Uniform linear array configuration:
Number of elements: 48
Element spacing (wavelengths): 0.75
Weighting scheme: hamming
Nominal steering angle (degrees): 45
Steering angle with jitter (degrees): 45.875
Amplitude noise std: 0.05
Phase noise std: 0.05

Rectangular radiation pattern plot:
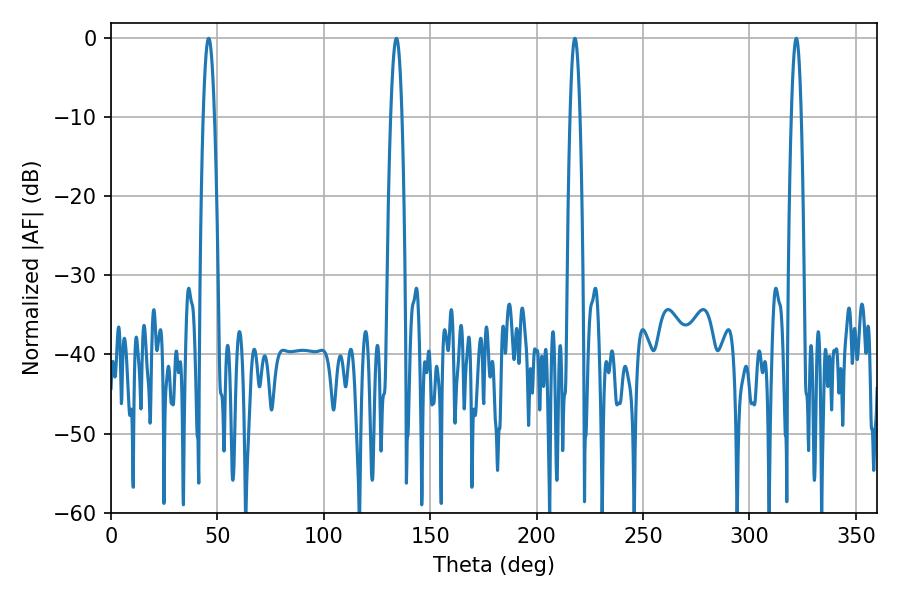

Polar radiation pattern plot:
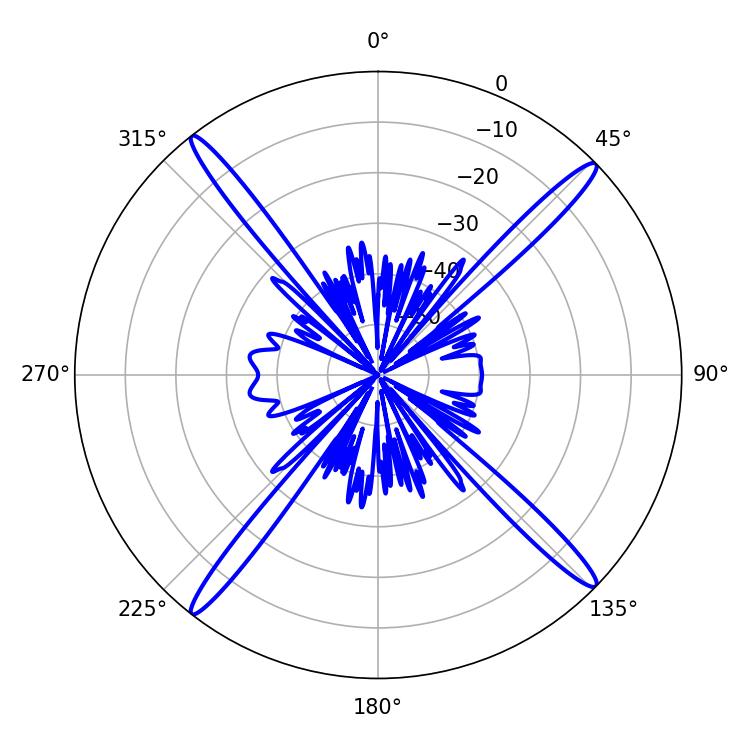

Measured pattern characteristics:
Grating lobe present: TRUE
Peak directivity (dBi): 20.161
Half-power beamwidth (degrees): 2.52
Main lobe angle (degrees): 217.98